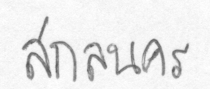
สกลนคร